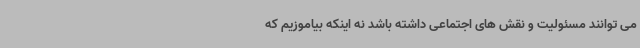
می توانند مسئولیت و نقش های اجتماعی داشته باشد نه اینکه بیاموزیم که